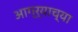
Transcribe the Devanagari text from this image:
आग्‍र्‍याच्या